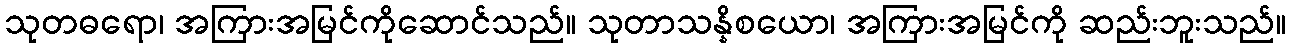
သုတဓရော၊ အကြားအမြင်ကိုဆောင်သည်။ သုတာသန္နိစယော၊ အကြားအမြင်ကို ဆည်းဘူးသည်။